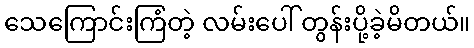
သေကြောင်းကြံတဲ့ လမ်းပေါ် တွန်းပို့ခဲ့မိတယ်။